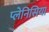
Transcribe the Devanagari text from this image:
प्लेनिसिया